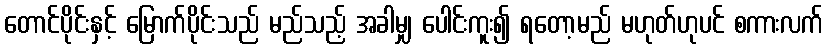
တောင်ပိုင်းနှင့် မြောက်ပိုင်းသည် မည်သည့် အခါမျှ ပေါင်းကူး၍ ရတော့မည် မဟုတ်ဟုပင် စကားလက်